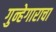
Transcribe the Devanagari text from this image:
गुन्हेगाराचा